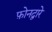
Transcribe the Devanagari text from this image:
फ़ोनद्वारे